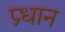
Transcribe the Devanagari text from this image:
प्र्धान